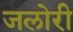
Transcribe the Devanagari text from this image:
जलोरी